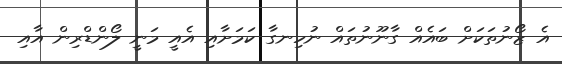
އެ ޒޯނުތަކަށް ބައެއް ގާނޫނުތައް ނުހިނގާ ކަމަށާއި އެއީ މަނީ ލޯންޑްރިން އާއި